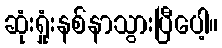
ဆုံးရှုံးနစ်နာသွားပြီပေါ့။